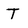
Character: T